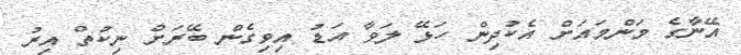
އޭނާގެ މަންމައަށް އެކުދިން ހަޅޭ ލަވާ އަޑު އިވިގެން ބޭރަށް ނިކުތް އިރު